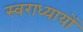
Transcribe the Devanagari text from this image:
स्वराध्यायों